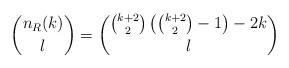
LaTeX: \begin{align*}{n_R(k) \choose l} = {{k+2 \choose 2}\left({k+2 \choose 2}-1\right) - 2k \choose l}\end{align*}